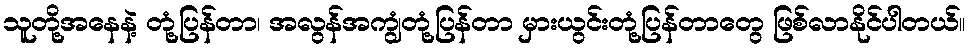
သူတို့အနေနဲ့ တုံ့ပြန်တာ၊ အလွန်အကျွံတုံ့ပြန်တာ မှားယွင်းတုံ့ပြန်တာတွေ ဖြစ်လာနိုင်ပါတယ်။